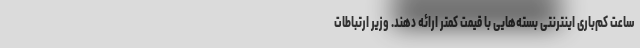
ساعت کم‌باری اینترنتی بسته‌هایی با قیمت کمتر ارائه دهند. وزیر ارتباطات